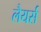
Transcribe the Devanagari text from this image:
लैयर्स